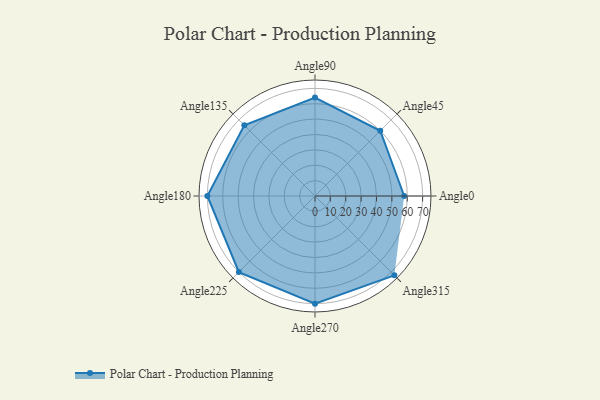
{"axis": {"x": "Angle", "y": "Radius"}, "legend": [""], "data": [{"x": "Angle0", "y": 58.0, "type": ""}, {"x": "Angle45", "y": 60.0, "type": ""}, {"x": "Angle90", "y": 64.0, "type": ""}, {"x": "Angle135", "y": 65.0, "type": ""}, {"x": "Angle180", "y": 70.0, "type": ""}, {"x": "Angle225", "y": 70.0, "type": ""}, {"x": "Angle270", "y": 70.0, "type": ""}, {"x": "Angle315", "y": 73.0, "type": ""}]}